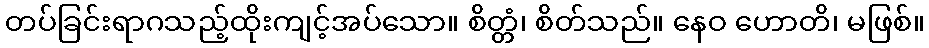
တပ်ခြင်းရာဂသည့်ထိုးကျင့်အပ်သော။ စိတ္တံ၊ စိတ်သည်။ နေဝ ဟောတိ၊ မဖြစ်။